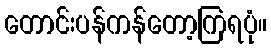
တောင်းပန်ကန်တော့ကြရပုံ။